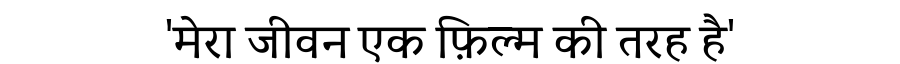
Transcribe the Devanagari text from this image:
'मेरा जीवन एक फ़िल्म की तरह है'